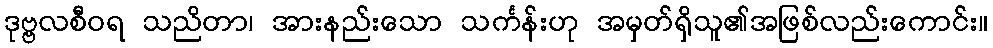
ဒုဗ္ဗလစီဝရ သညိတာ၊ အားနည်းသော သင်္ကန်းဟု အမှတ်ရှိသူ၏အဖြစ်လည်းကောင်း။